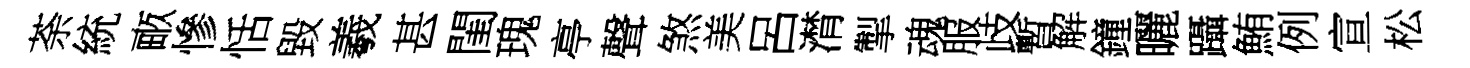
荼統畞慘恬毀羲甚閨瑰亭聲煞美呂潸掣魂服歧暫解鐘曬躡鮪例宣松